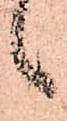
候